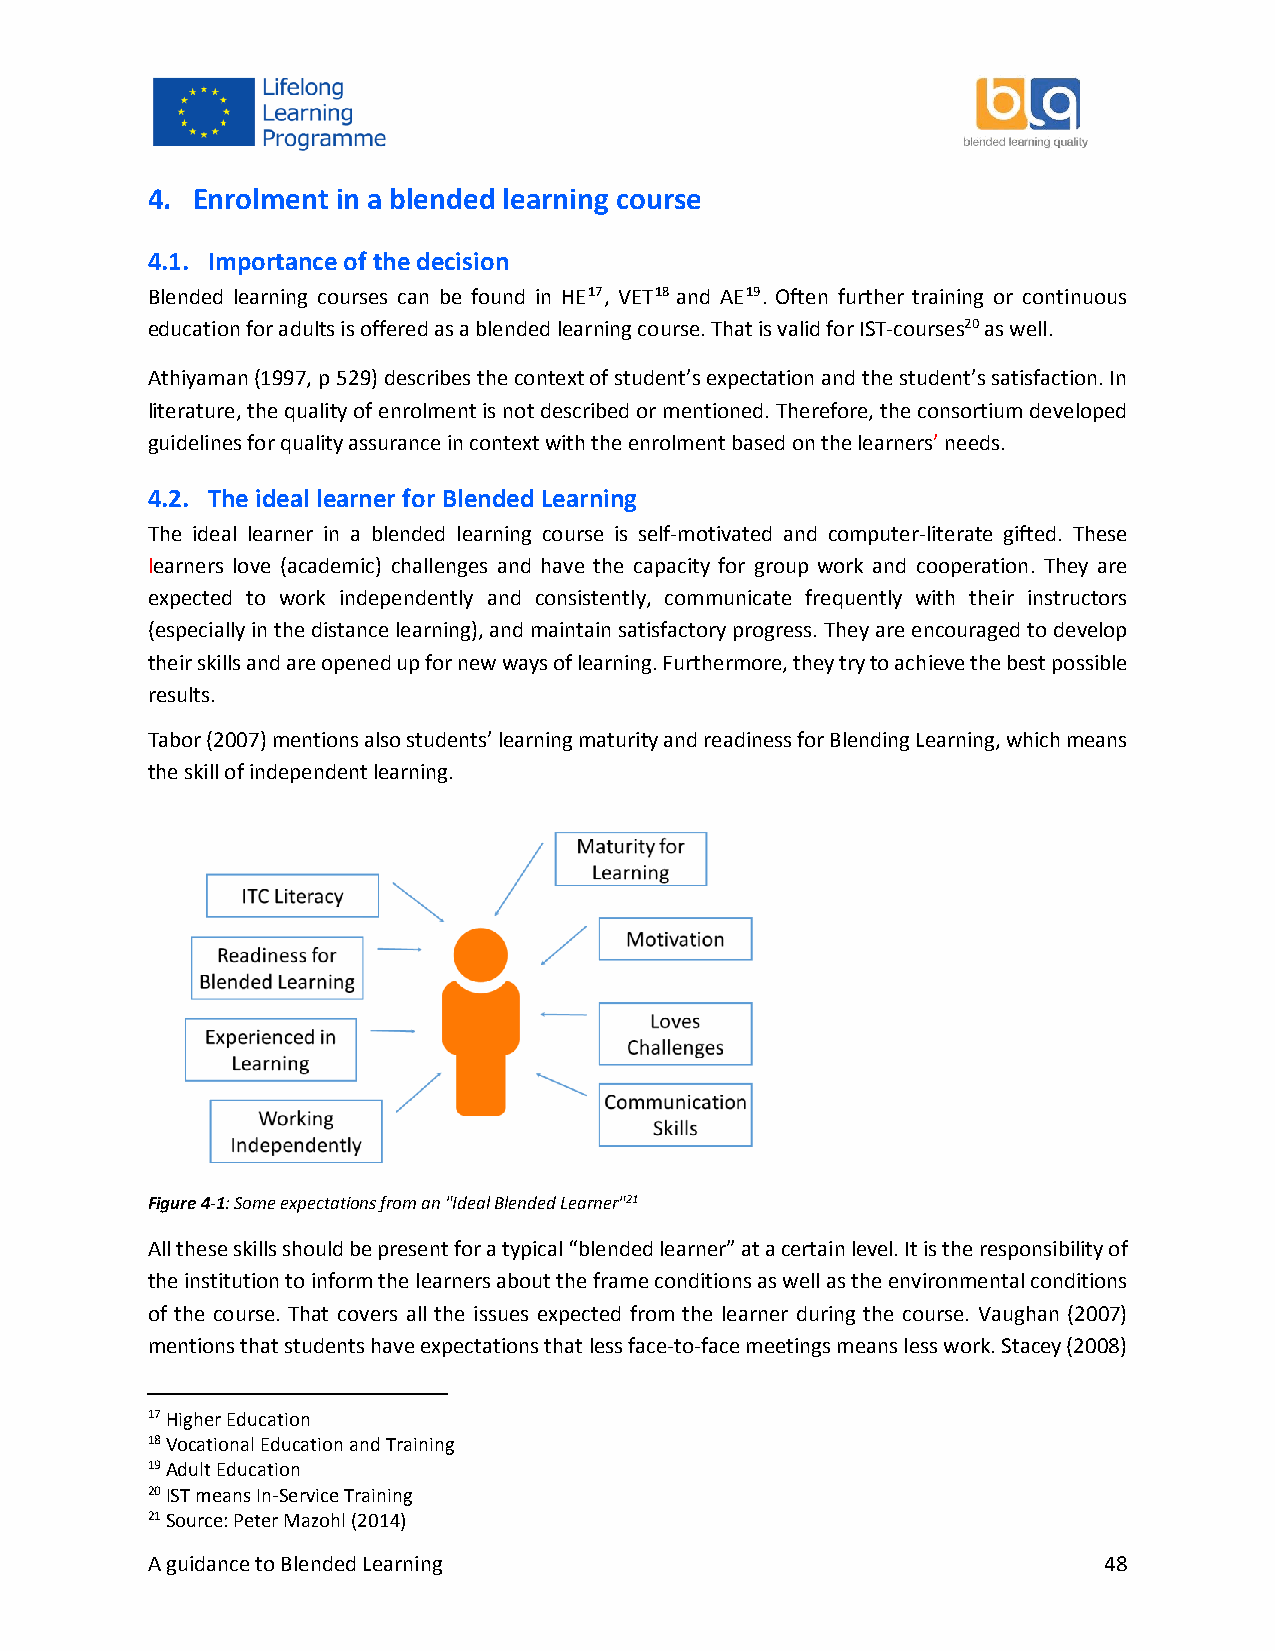
4. Enrolment in a blended learning course
 4.1. Importance of the decision
 Blended learning courses can be found in HE17, VET18 and AE19. Often further training or continuous
 education for adults is offered as a blended learning course. That is valid for IST-courses20 as well.
 Athiyaman (1997, p 529) describes the context of student’s expectation and the student’s satisfaction. In
 literature, the quality of enrolment is not described or mentioned. Therefore, the consortium developed
 guidelines for quality assurance in context with the enrolment based on the learners’ needs.
 4.2. The ideal learner for Blended Learning
 The ideal learner in a blended learning course is self-motivated and computer-literate gifted. These
 learners love (academic) challenges and have the capacity for group work and cooperation. They are
 expected to work independently and consistently, communicate frequently with their instructors
 (especially in the distance learning), and maintain satisfactory progress. They are encouraged to develop
 their skills and are opened up for new ways of learning. Furthermore, they try to achieve the best possible
 results.
 Tabor (2007) mentions also students’ learning maturity and readiness for Blending Learning, which means
 the skill of independent learning.
 Figure 4-1: Some expectations from an "Ideal Blended Learner"21
 All these skills should be present for a typical “blended learner” at a certain level. It is the responsibility of
 the institution to inform the learners about the frame conditions as well as the environmental conditions
 of the course. That covers all the issues expected from the learner during the course. Vaughan (2007)
 mentions that students have expectations that less face-to-face meetings means less work. Stacey (2008)
 17 Higher Education
 18 Vocational Education and Training
 19 Adult Education
 20 IST means In-Service Training
 21 Source: Peter Mazohl (2014)
 A guidance to Blended Learning                                 48